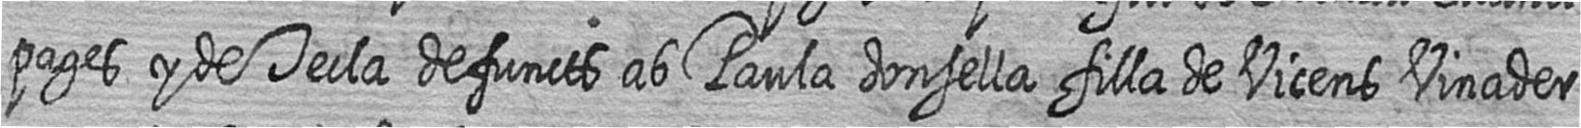
pages y de Tecla defuncts ab Paula donsella filla de Vicens Vinader